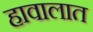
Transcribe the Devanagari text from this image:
हावालात